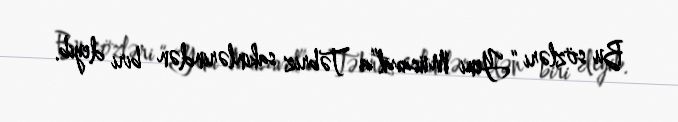
Bu sözləri “Yeni Müsavat”a Təbriz sakinlərindən biri deyib.